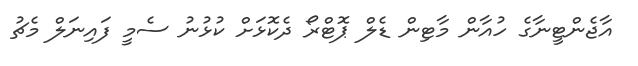
އާޖެންޓީނާގެ ހުއާން މާޓިން ޑެލް ޕޮޓްރޯ ދެކޮޅަށް ކުޅުނު ސެމީ ފައިނަލް މެޗު